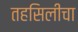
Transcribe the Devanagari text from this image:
तहसिलीचा